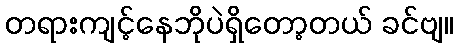
တရားကျင့်နေဘိုပဲရှိတော့တယ် ခင်ဗျ။